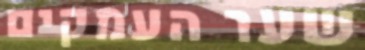
שער העמקים